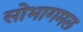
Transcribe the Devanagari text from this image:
सोभागमल